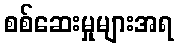
စစ်ဆေးမှုများအရ